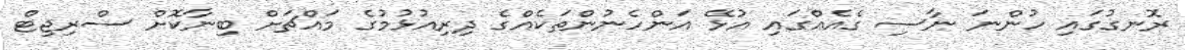
ރޮނގުގައި ހުންނަ ނާސި ގެއެއްގައި އުޅޭ އަންހެނުންތަކެއްގެ ދިރިއުޅުމުގެ މައްޗަށް ބިނާކޮށް ސްރިޖިޓް